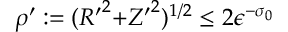
\rho ^ { \prime } : = ( { R ^ { \prime } } ^ { 2 } { + } { Z ^ { \prime } } ^ { 2 } ) ^ { 1 / 2 } \le 2 \epsilon ^ { - \sigma _ { 0 } }